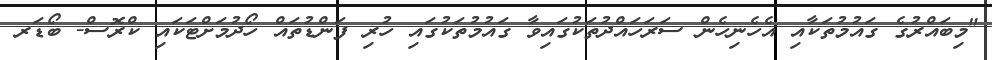
"މިބައްރުގެ ގައުމުތަކާއި އެހެނިހެން ސަރަހައްދުތަކުގައިވާ ގައުމުތަކުގައި ހުރި ފަންޑުތައް ހޯދުމަށްޓަކައި ކްރޮސް- ބޯޑަރ